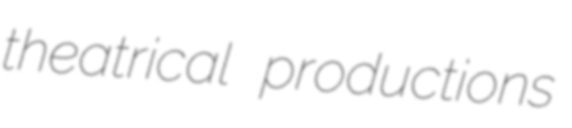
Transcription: theatrical productions